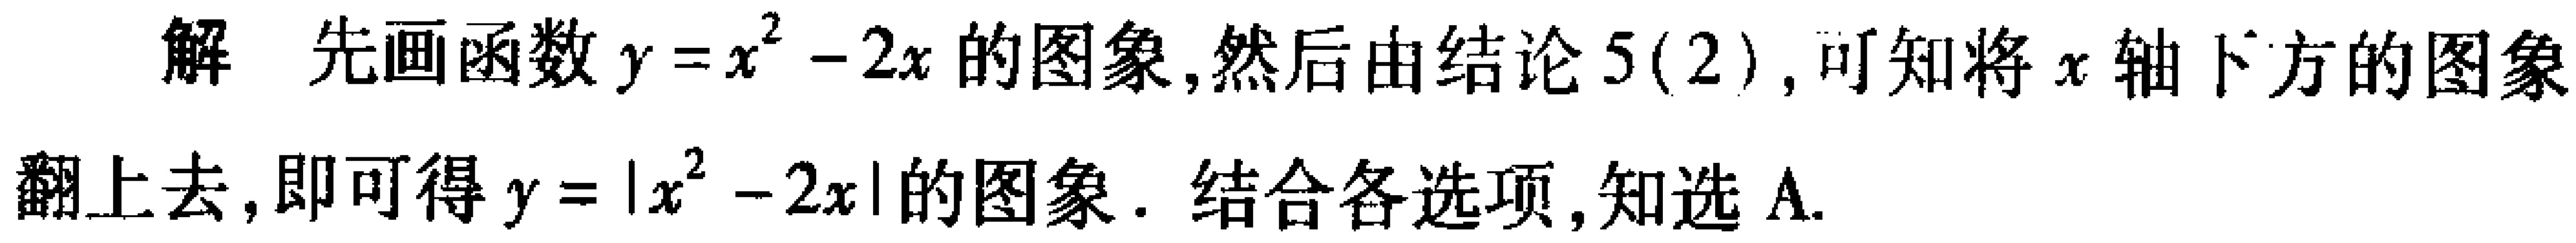
解 先画函数\(y = x^{2}-2x\)的图象,然后由结论5(2),可知将\(x\)轴下方的图象翻上去,即可得\(y = |x^{2}-2x|\)的图象. 结合各选项,知选A.